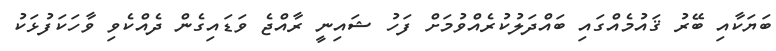
ބަޔަކާއި ބޭރު ޤައުމެއްގައި ބައްދަލުކުރެއްވުމަށް ފަހު ޝައިނީ ރާއްޖެ ވަޑައިގެން ދެއްކެވި ވާހަކަފުޅަކު